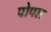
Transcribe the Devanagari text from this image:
पोपल